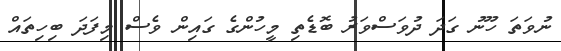
ނުވަތަ ހޫނު ގަދަ ދުވަސްވަރު ބޮޑެތި މީހުންގެ ގައިން ވެސް މިފަދަ ބިހިތައް